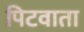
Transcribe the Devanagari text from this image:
पिटवाता